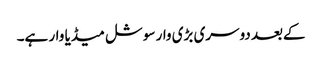
کےبعد دوسری بڑی وار سوشل میڈیا وار ہے۔